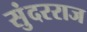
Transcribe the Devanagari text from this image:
सुंदरराज